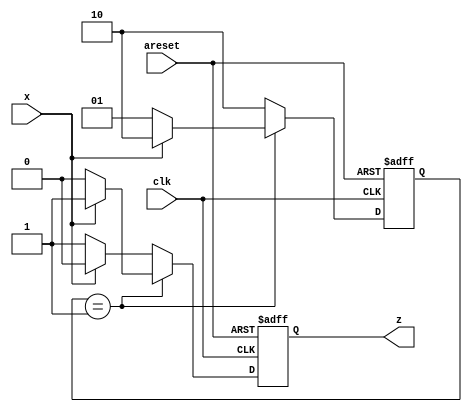
module top_module (
    input clk,
    input areset,
    input x,
    output reg z
); 

    reg [1:0] state, next_state;
    always @(*) begin
        if (state == 1 << 0) begin
            if (x)
                next_state <= 1 << 1;
        	else
                next_state <= 1 << 0;
        end
        else begin
            if (x)
                next_state <= 1 << 1;
        	else
                next_state <= 1 << 1;
        end
    end
    
    always @(posedge clk, posedge areset) begin
        if (areset) begin
            state <= 1 << 0;
            z <= 0;
        end
        else begin
            state <= next_state;
            if (state == 1 << 0) begin
                if (x)
                    z <= 1;
                else
                    z <= 0;
            end
            else begin
                if (x)
                    z <= 0;
                else
                    z <= 1;
            end
        end
    end
    
endmodule